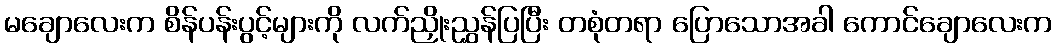
မချောလေးက စိန်ပန်းပွင့်များကို လက်ညှိုးညွှန်ပြပြီး တစုံတရာ ပြောသောအခါ ကောင်ချောလေးက